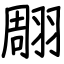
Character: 翢